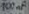
Text: 100nF